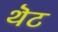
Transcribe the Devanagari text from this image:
थॆट